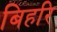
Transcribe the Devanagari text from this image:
बिहरि